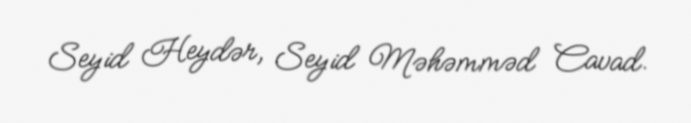
Seyid Heydər, Seyid Məhəmməd Cavad.